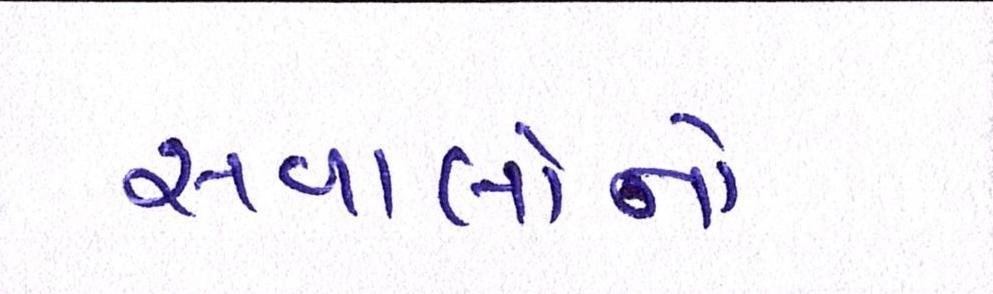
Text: સવાલોનો